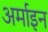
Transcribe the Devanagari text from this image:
अर्माइन